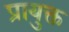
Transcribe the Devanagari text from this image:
प्रायुक्त